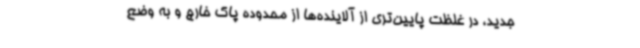
جدید، در غلظت پایین‌تری از آلاینده‌ها از محدوده پاک خارج و به وضع